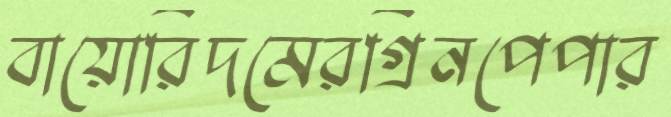
বায়োরিদমেরগ্রিনপেপার